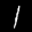
Label: 1